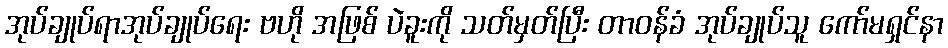
အုပ်ချုပ်ရာအုပ်ချုပ်ရေး ဗဟို အဖြစ် ပဲခူးကို သတ်မှတ်ပြီး တာဝန်ခံ အုပ်ချုပ်သူ ကော်မရှင်နာ